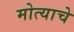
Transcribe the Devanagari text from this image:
मोत्याचे